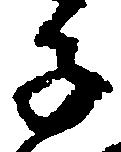
子